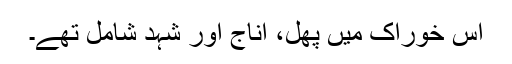
اس خوراک میں پھل، اناج اور شہد شامل تھے۔